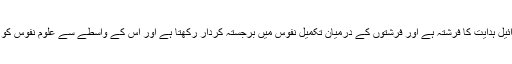
اس کے عقیدے کے مطابق [96] جبرائیل ہدایت کا فرشتہ ہے اور فرشتوں کے درمیان تکمیل نفوس میں برجستہ کردار رکھتا ہے اور اس کے واسطے سے علوم نفوس کو اور وحی انبیا کو افاضہ کی جاتی ہے۔